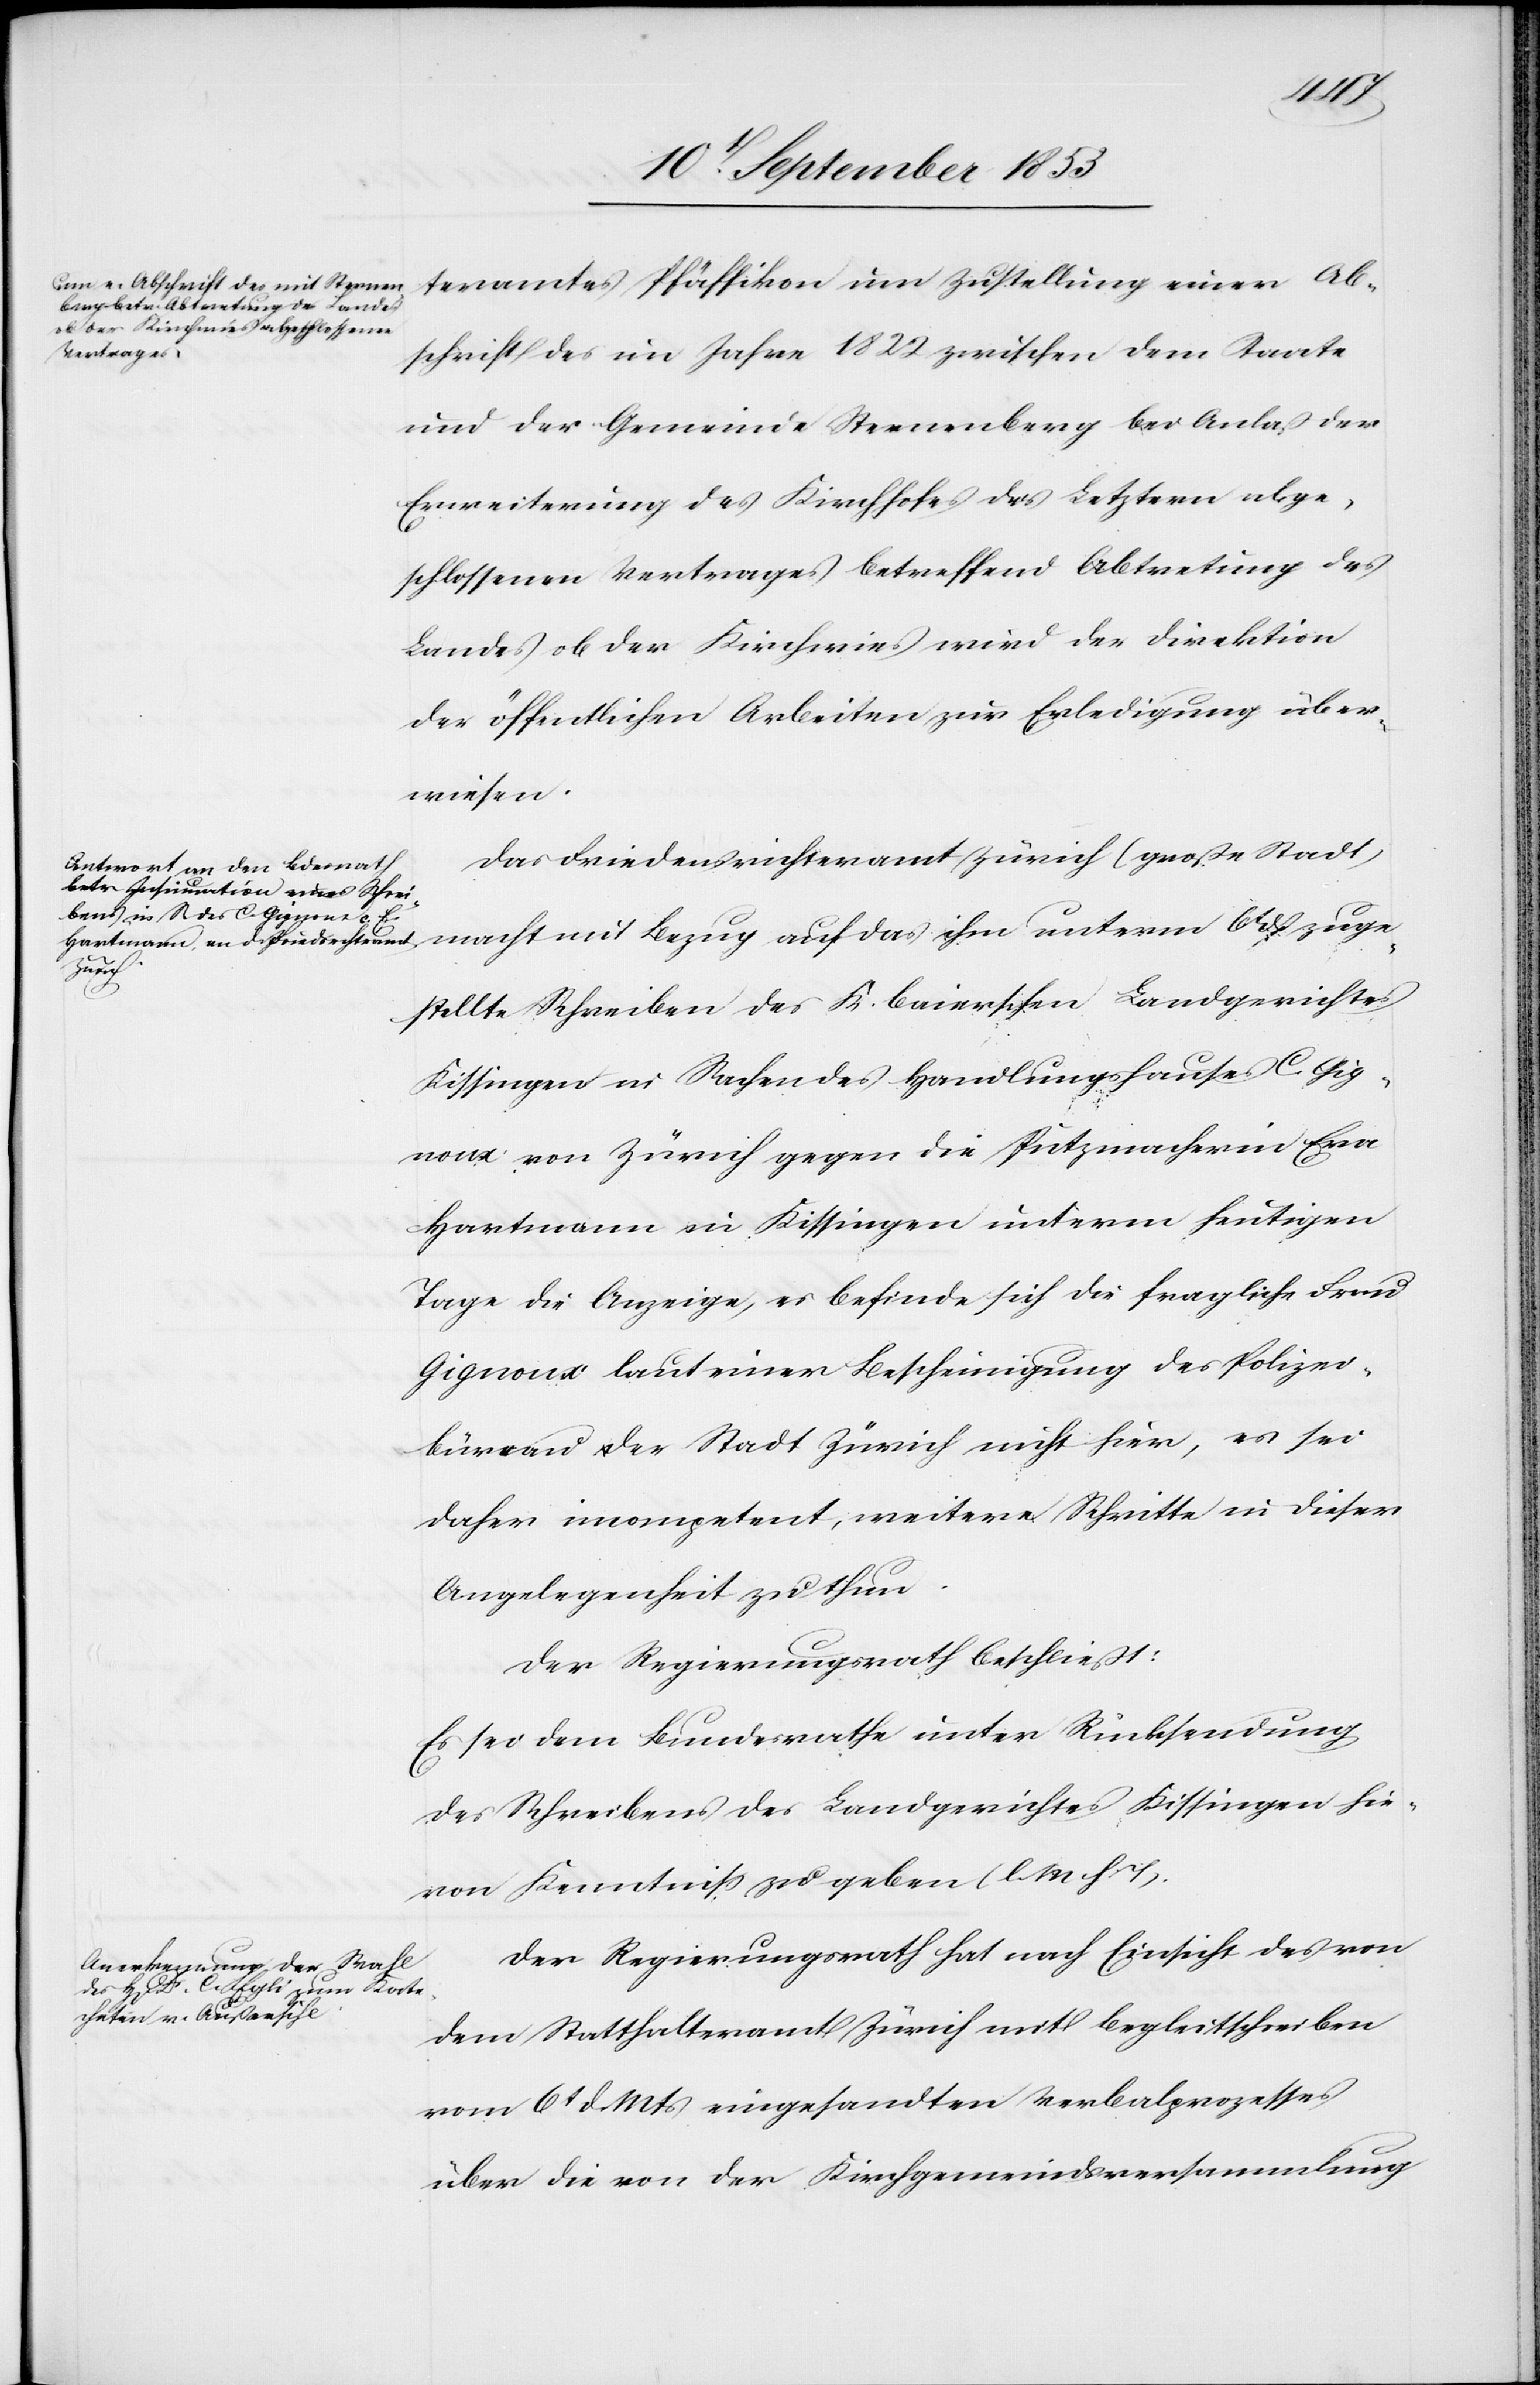
heutigen

teramtes Pfäffikon um Zustellung einer Ab¬
schrift im Jahre 1822 zwischen dem Staate
und der Gemeinde Sternenberg bei Anlaß der
Erweiterung des Kirchhofes des Letztern abge¬
schlossenen Vertrages betreffend Abtretung des
Landes ob der Kirchwies wird der Direktion
der öffentlichen Arbeiten zur Erledigung über¬
wiesen.
Das Friedensrichteramt Zürich (große Stadt)
macht mit Bezug auf das ihm unterm 6t dß zuge¬
stellte Schreiben des k. baierschen Landesgerichtes
Kissingen in Sachen des Handlungshauses C. Gig¬
noux von Zürich gegen die Putzmacherin Eva
Tage die Anzeige, es befinde sich die fragliche Frau
Gignoux laut einer Bescheinigung des Polizei¬
büreaus der Stadt Zürich nicht hier, es sei
daher incompetent, weitere Schritte in dieser
Angelegenheit zu thun.
Der Regierungsrath beschließt:
Es sei dem Bundesrathe unter Rücksendung
des Schreibens des Bundesgerichtes Kissingen hie¬
von Kenntniß zu geben. [l. M. h. T]
Der Regierungsrath hat nach Einsicht des von
dem Statthalteramt Zürich mit Begleitschreiben
vom 6 d. Mts. eingesandten Verbalprozesses
über die von der Kirchgemeindsversammlung